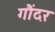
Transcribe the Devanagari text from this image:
गौंदर